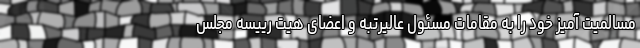
مسالمیت آمیز خود را به مقامات مسئول عالیرتبه و اعضای هیت رییسه مجلس